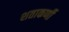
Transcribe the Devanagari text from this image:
शताकर्णी